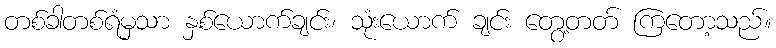
တစ်ခါတစ်ရံမှသာ နှစ်ယောက်ချင်း၊ သုံးယောက် ချင်း တွေ့တတ် ကြတော့သည်။